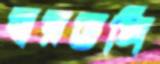
স্বরভঙ্গি